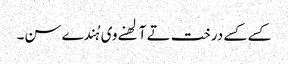
کسے کسے درخت تے آلھنے وی ہُندے سن۔